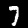
Digit: 7